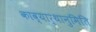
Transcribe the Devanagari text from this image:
काव्यार्थानुमिति